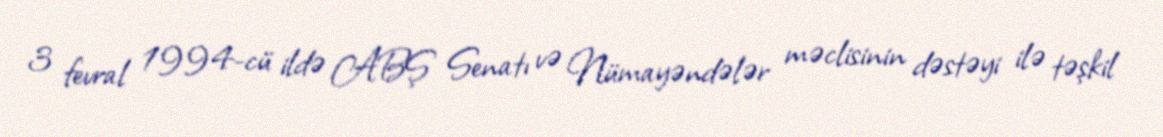
3 fevral 1994-cü ildə ABŞ Senatı və Nümayəndələr məclisinin dəstəyi ilə təşkil